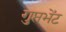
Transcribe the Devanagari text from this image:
गुप्तभेंट